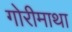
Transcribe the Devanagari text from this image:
गोरीमाथा